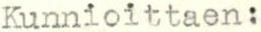
Kunnioittaen: